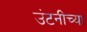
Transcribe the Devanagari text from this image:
उंटनीच्या